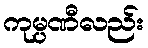
ကုမ္ပဏီလည်း